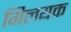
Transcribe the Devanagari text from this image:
गिलयक